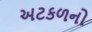
અટકળનો